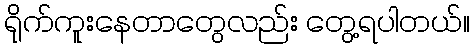
ရိုက်ကူးနေတာတွေလည်း တွေ့ရပါတယ်။